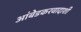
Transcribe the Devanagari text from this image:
आंबेडकरवादाशी